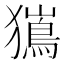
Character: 𭸯